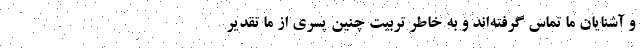
و آشنایان ما تماس گرفته‌اند و به خاطر تربیت چنین پسری از ما تقدیر